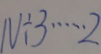
N \div 3 \cdots 2